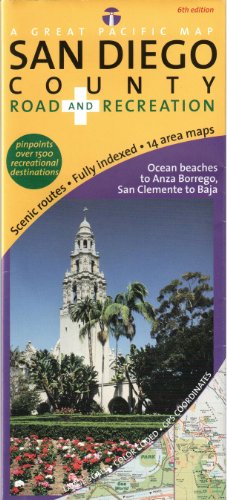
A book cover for San Diego County Road & Recreation Map, 6th Edition; David J.R. Peckarsky; Travel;